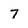
Character: 7